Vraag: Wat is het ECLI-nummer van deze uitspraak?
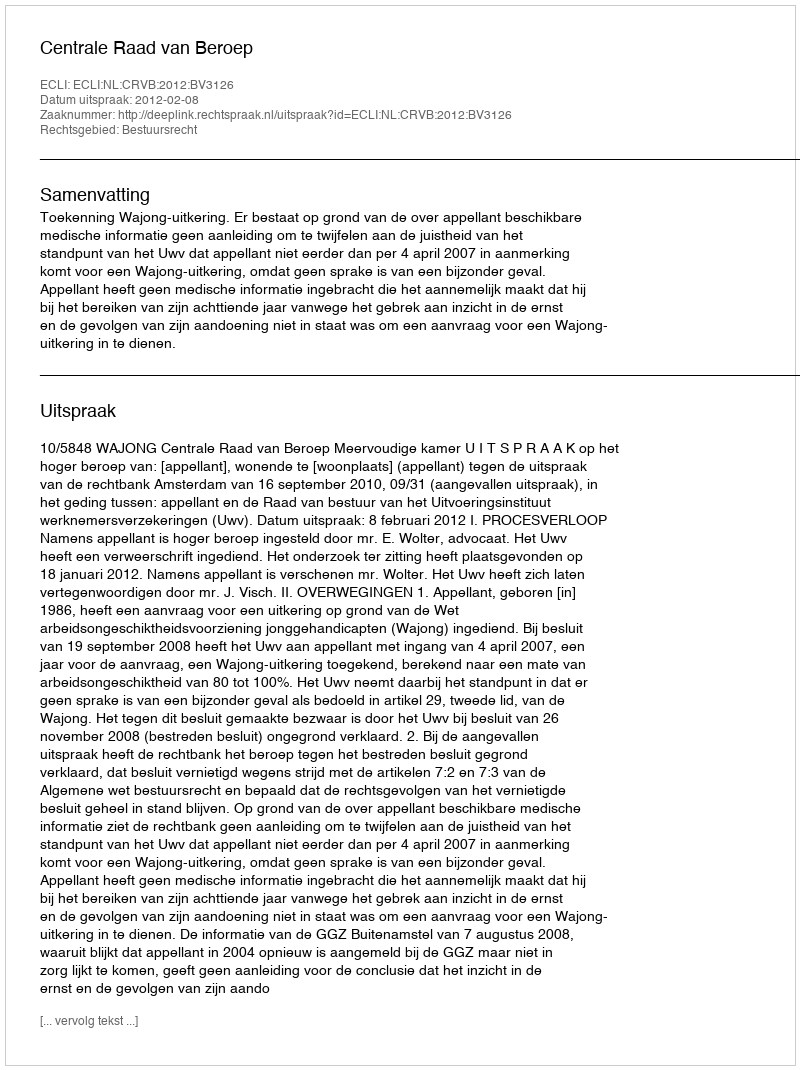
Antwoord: ECLI:NL:CRVB:2012:BV3126